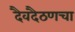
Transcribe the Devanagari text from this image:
दैवदैठणचा